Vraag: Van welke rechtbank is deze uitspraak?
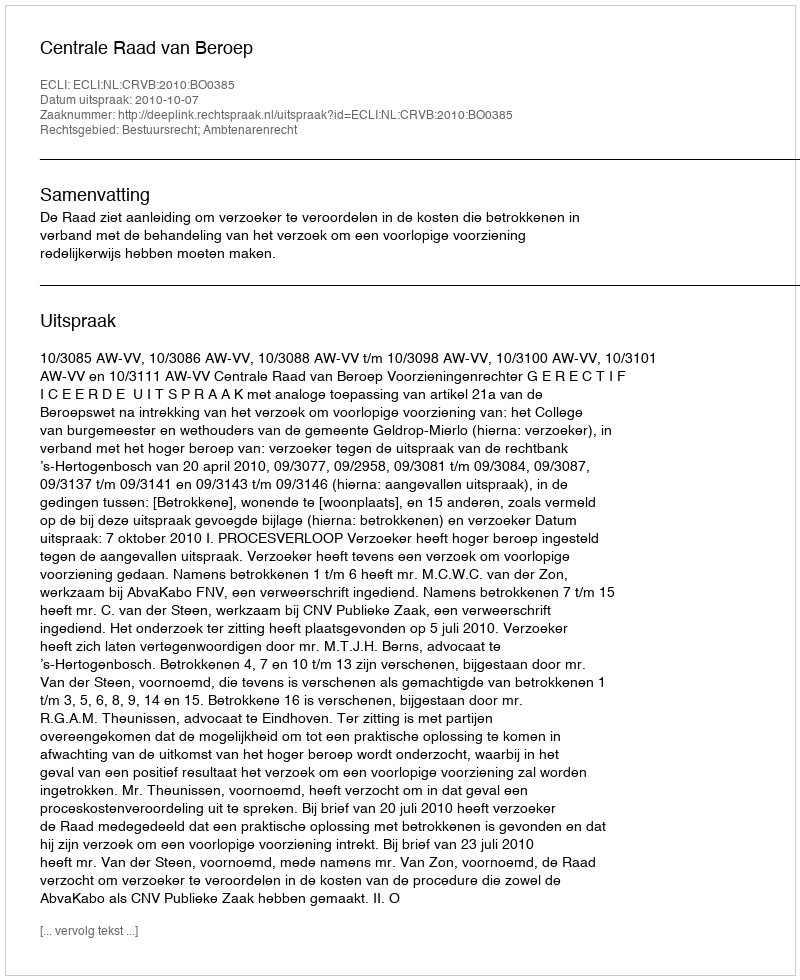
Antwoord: Centrale Raad van Beroep